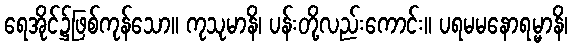
ရေအိုင်၌ဖြစ်ကုန်သော။ ကုသုမာနိ၊ ပန်းတို့လည်းကောင်း။ ပရမမနောရမ္မာနိ၊